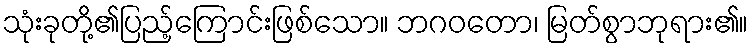
သုံးခုတို့၏ပြည့်ကြောင်းဖြစ်သော။ ဘဂဝတော၊ မြတ်စွာဘုရား၏။